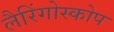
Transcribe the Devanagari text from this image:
लैरिंगोस्कोप